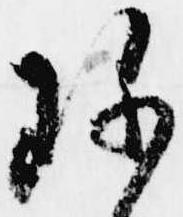
珍